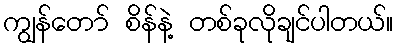
ကျွန်တော် စိန်နဲ့ တစ်ခုလိုချင်ပါတယ်။